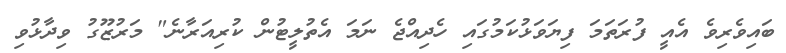
ބައިވެރިވެ އެއީ ފުރަތަމަ ފިޔަވަޅުކަމުގައި ހެދިއްޖެ ނަމަ އެތުލީޓުން ކުރިއަރާނެ" މަރުޒޫގު ވިދާޅުވި